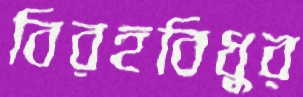
বিরহবিধুর